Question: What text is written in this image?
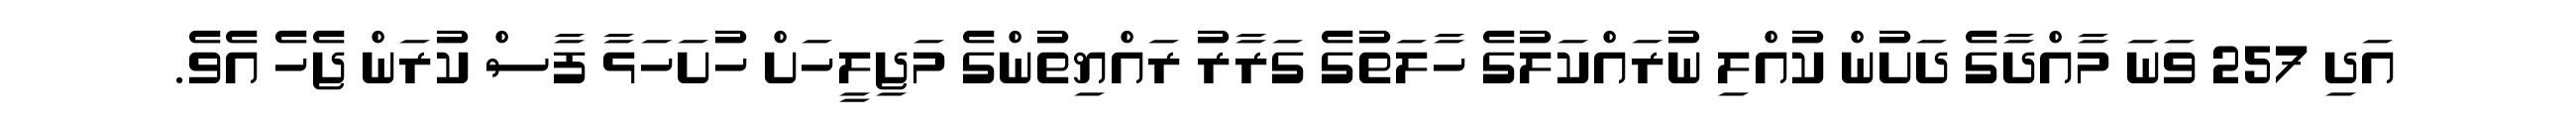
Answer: އަދި 257 ވަނަ މާއްދާގެ ދަށުން ކުއްލި ނުރައްކަލުގެ ހާލަތުގެ ގަރާރު ރައްޔިތުންގެ މަޖިލީހަށް ހުށަހަޅާ ފާސް ކުރަން ޖެހެ އެވެ.